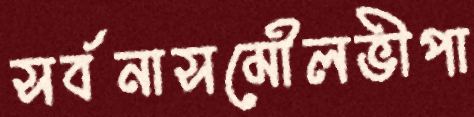
সর্বনাসমৌলভীপা